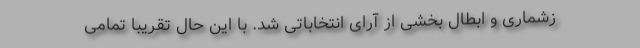
زشماری و ابطال بخشی از آرای انتخاباتی شد. با این حال تقریبا تمامی